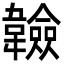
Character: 𩏩